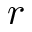
r